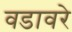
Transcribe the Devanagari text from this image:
वडावरे